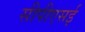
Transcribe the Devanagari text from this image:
सीपीएसई